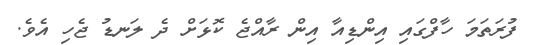
ފުރަތަމަ ހާފްގައި އިންޑިއާ އިން ރާއްޖެ ކޮޅަށް ދެ ލަނޑު ޖެހި އެވެ.